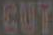
CUT